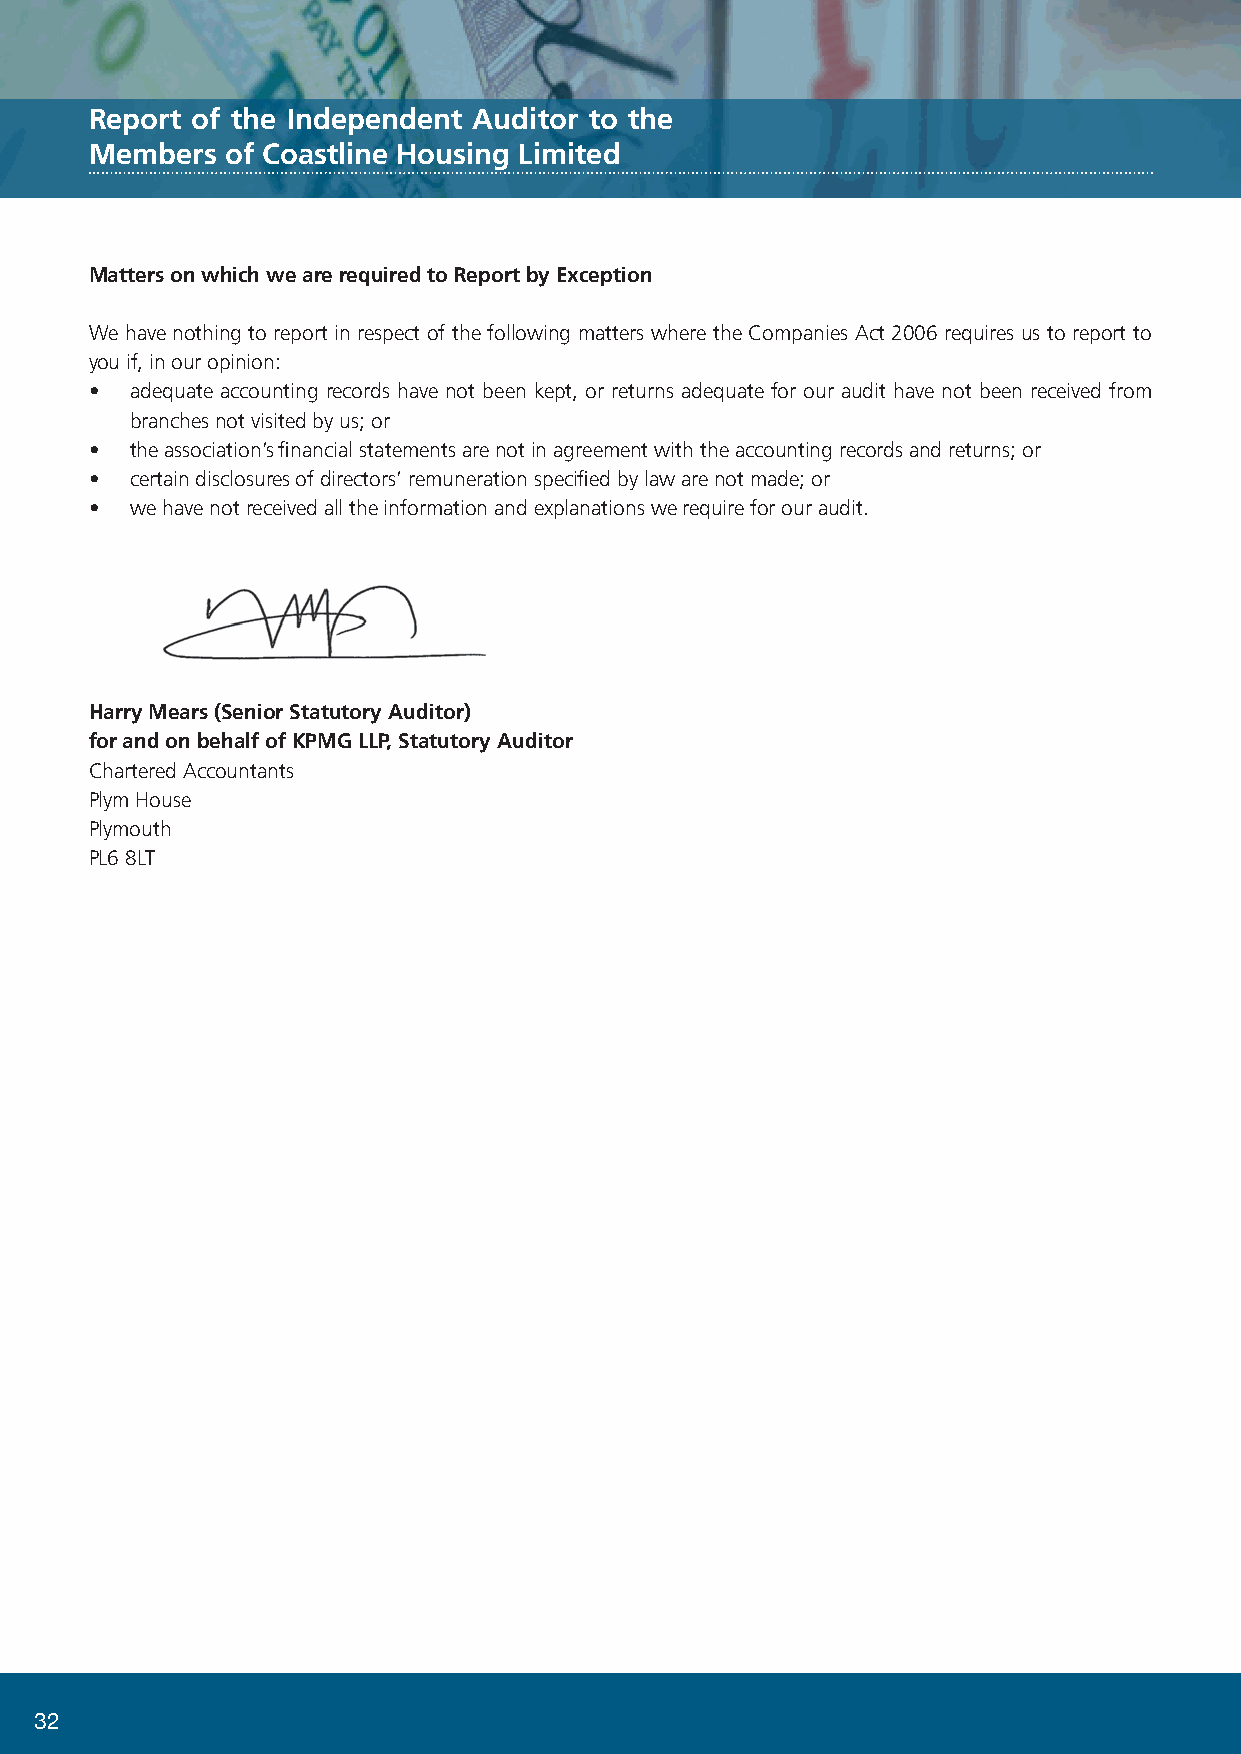
Report of the Independent Auditor to the
 Members  of Coastline Housing Limited
 Matters on which we are required to Report by Exception
 We have nothing to report in respect of the following matters where the Companies Act 2006 requires us to report to
 you if, in our opinion:
 •  a dequate accounting records have not been kept, or returns adequate for our audit have not been received from
 branches not visited by us; or
 •  the association’s financial statements are not in agreement with the accounting records and returns; or
 •  certain disclosures of directors’ remuneration specified by law are not made; or
 •  we have not received all the information and explanations we require for our audit.
 Harry Mears (Senior Statutory Auditor)
 for and on behalf of KPMG LLP, Statutory Auditor
 Chartered Accountants
 Plym House
 Plymouth
 PL6 8LT
 32